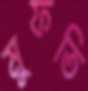
মুফতি